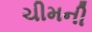
ચીમની